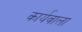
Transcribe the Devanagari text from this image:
कार्यवाला